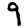
Digit: 9